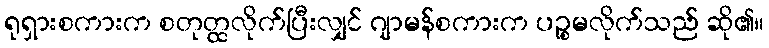
ရုရှားစကားက စတုတ္ထလိုက်ပြီးလျှင် ဂျာမန်စကားက ပဉ္စမလိုက်သည် ဆို၏။